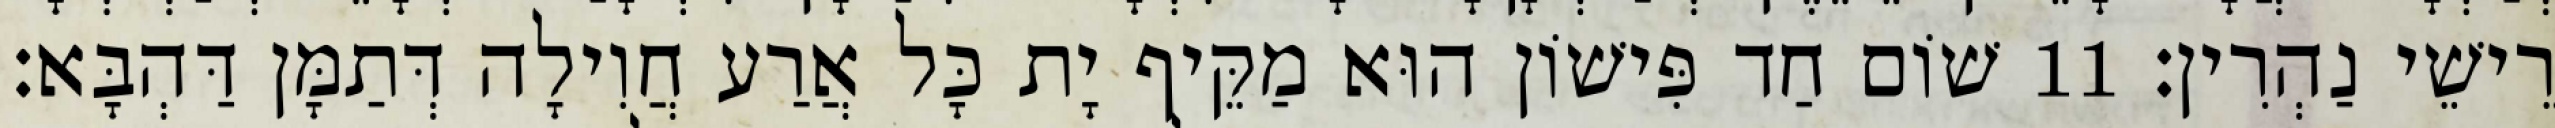
רֵישֵׁי נַהְרִין׃ 11 שׁוֹם חַד פִּישׁוֹן הוּא מַקֵּיף יָת כָּל אֲרַע חֲוִילָה דְּתַמָּן דַּהְבָּא׃